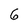
Character: 6